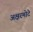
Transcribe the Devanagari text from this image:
अक्षरमोटे